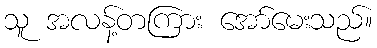
သူ အလန့်တကြား အော်မေးသည်။